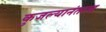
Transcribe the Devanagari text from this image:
कुजल्यानंतरच